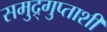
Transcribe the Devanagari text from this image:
समुद्र्गुप्ताशी